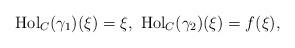
LaTeX: \begin{align*}{\rm Hol}_C(\gamma_1)(\xi)=\xi,\ {\rm Hol}_C(\gamma_2)(\xi)=f(\xi), \end{align*}